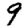
Digit: 9